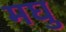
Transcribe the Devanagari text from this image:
मघु